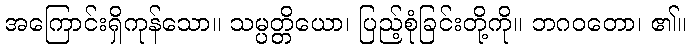
အကြောင်းရှိကုန်သော။ သမ္ပတ္တိယော၊ ပြည့်စုံခြင်းတို့ကို။ ဘဂဝတော၊ ၏။